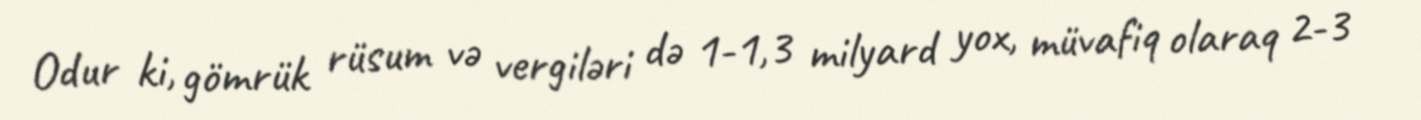
Odur ki, gömrük rüsum və vergiləri də 1-1,3 milyard yox, müvafiq olaraq 2-3